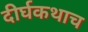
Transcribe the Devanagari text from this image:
दीर्घकथाच